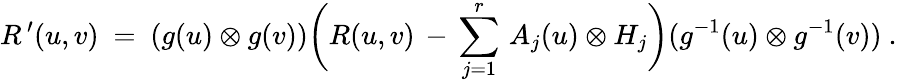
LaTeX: R^{\, \prime}(u,v)~=~(g(u)\otimes g(v))\biggl(R(u,v)\, -\, \sum_{j=1}^{r}\, A_{j}(u)\otimes H_{j}\biggr)(g^{-1}(u)\otimes g^{-1}(v))~.